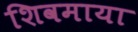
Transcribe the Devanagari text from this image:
शिवमाया